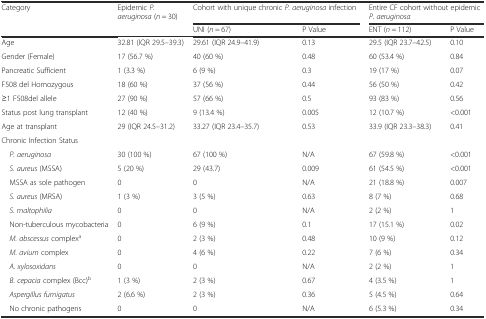
<table><thead><tr><td rowspan="2"><b>Category</b></td><td rowspan="2"><b>Epidemic <i>P. aeruginosa</i> (<i>n</i> = 30)</b></td><td colspan="2"><b>Cohort with unique chronic <i>P. aeruginosa</i> infection</b></td><td colspan="2"><b>Entire CF cohort without epidemic <i>P. aeruginosa</i></b></td></tr><tr><td><b>UNI (<i>n</i> = 67)</b></td><td><b>P Value</b></td><td><b>ENT (<i>n</i> = 112)</b></td><td><b>P Value</b></td></tr></thead><tbody><tr><td>Age</td><td>32.81 (IQR 29.5–39.3)</td><td>29.61 (IQR 24.9–41.9)</td><td>0.13</td><td>29.5 (IQR 23.7–42.5)</td><td>0.10</td></tr><tr><td>Gender (Female)</td><td>17 (56.7 %)</td><td>40 (60 %)</td><td>0.48</td><td>60 (53.4 %)</td><td>0.84</td></tr><tr><td>Pancreatic Sufficient</td><td>1 (3.3 %)</td><td>6 (9 %)</td><td>0.3</td><td>19 (17 %)</td><td>0.07</td></tr><tr><td>F508 del Homozygous</td><td>18 (60 %)</td><td>37 (56 %)</td><td>0.44</td><td>56 (50 %)</td><td>0.42</td></tr><tr><td>≥1 F508del allele</td><td>27 (90 %)</td><td>57 (66 %)</td><td>0.5</td><td>93 (83 %)</td><td>0.56</td></tr><tr><td>Status post lung transplant</td><td>12 (40 %)</td><td>9 (13.4 %)</td><td>0.005</td><td>12 (10.7 %)</td><td>&lt;0.001</td></tr><tr><td>Age at transplant</td><td>29 (IQR 24.5–31.2)</td><td>33.27 (IQR 23.4–35.7)</td><td>0.53</td><td>33.9 (IQR 23.3–38.3)</td><td>0.41</td></tr><tr><td colspan="6">Chronic Infection Status</td></tr><tr><td> <i>P. aeruginosa</i></td><td>30 (100 %)</td><td>67 (100 %)</td><td>N/A</td><td>67 (59.8 %)</td><td>&lt;0.001</td></tr><tr><td> <i>S. aureus</i> (MSSA)</td><td>5 (20 %)</td><td>29 (43.7)</td><td>0.009</td><td>61 (54.5 %)</td><td>&lt;0.001</td></tr><tr><td> MSSA as sole pathogen</td><td>0</td><td>0</td><td>N/A</td><td>21 (18.8 %)</td><td>0.007</td></tr><tr><td> <i>S. aureus</i> (MRSA)</td><td>1 (3 %)</td><td>3 (5 %)</td><td>0.63</td><td>8 (7 %)</td><td>0.68</td></tr><tr><td> <i>S. maltophilia</i></td><td>0</td><td>0</td><td>N/A</td><td>2 (2 %)</td><td>1</td></tr><tr><td> Non-tuberculous mycobacteria</td><td>0</td><td>6 (9 %)</td><td>0.1</td><td>17 (15.1 %)</td><td>0.02</td></tr><tr><td> <i>M. abscessus</i> complex<sup>a</sup></td><td>0</td><td>2 (3 %)</td><td>0.48</td><td>10 (9 %)</td><td>0.12</td></tr><tr><td> <i>M. avium</i> complex</td><td>0</td><td>4 (6 %)</td><td>0.22</td><td>7 (6 %)</td><td>0.34</td></tr><tr><td> <i>A. xylosoxidans</i></td><td>0</td><td>0</td><td>N/A</td><td>2 (2 %)</td><td>1</td></tr><tr><td> <i>B. cepacia</i> complex (Bcc)<sup>b</sup></td><td>1 (3 %)</td><td>2 (3 %)</td><td>0.67</td><td>4 (3.5 %)</td><td>1</td></tr><tr><td> <i>Aspergillus fumigatus</i></td><td>2 (6.6 %)</td><td>2 (3 %)</td><td>0.36</td><td>5 (4.5 %)</td><td>0.64</td></tr><tr><td> No chronic pathogens</td><td>0</td><td>0</td><td>N/A</td><td>6 (5.3 %)</td><td>0.34</td></tr></tbody></table>